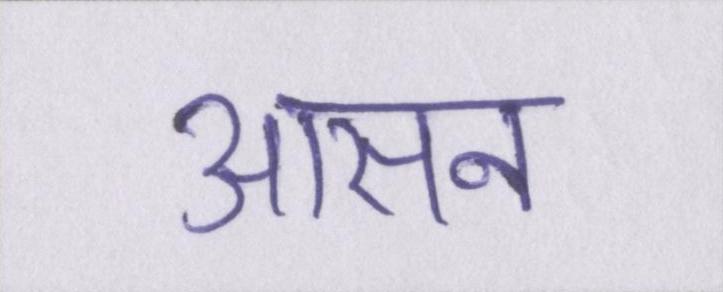
आसन